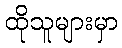
ထိုသူများမှာ